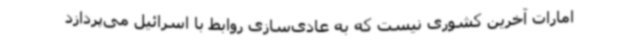
امارات آخرین کشوری نیست که به عادی‌سازی روابط با اسرائیل می‌پردازد